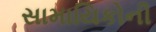
સામાયિકોની